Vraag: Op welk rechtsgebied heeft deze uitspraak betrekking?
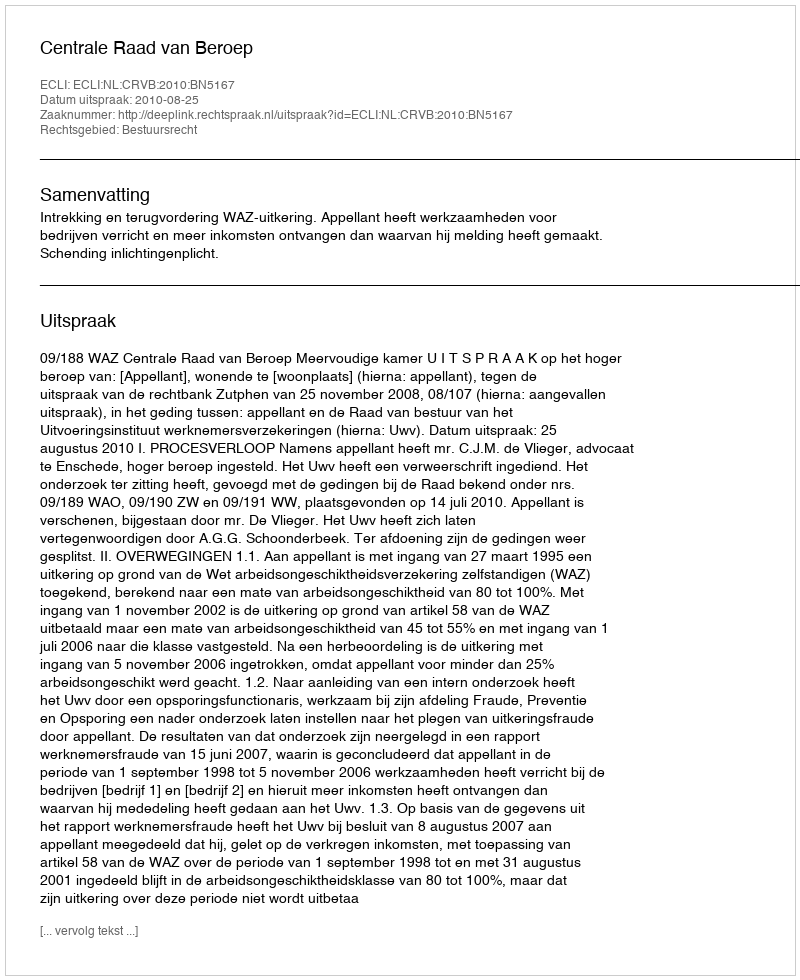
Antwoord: Bestuursrecht